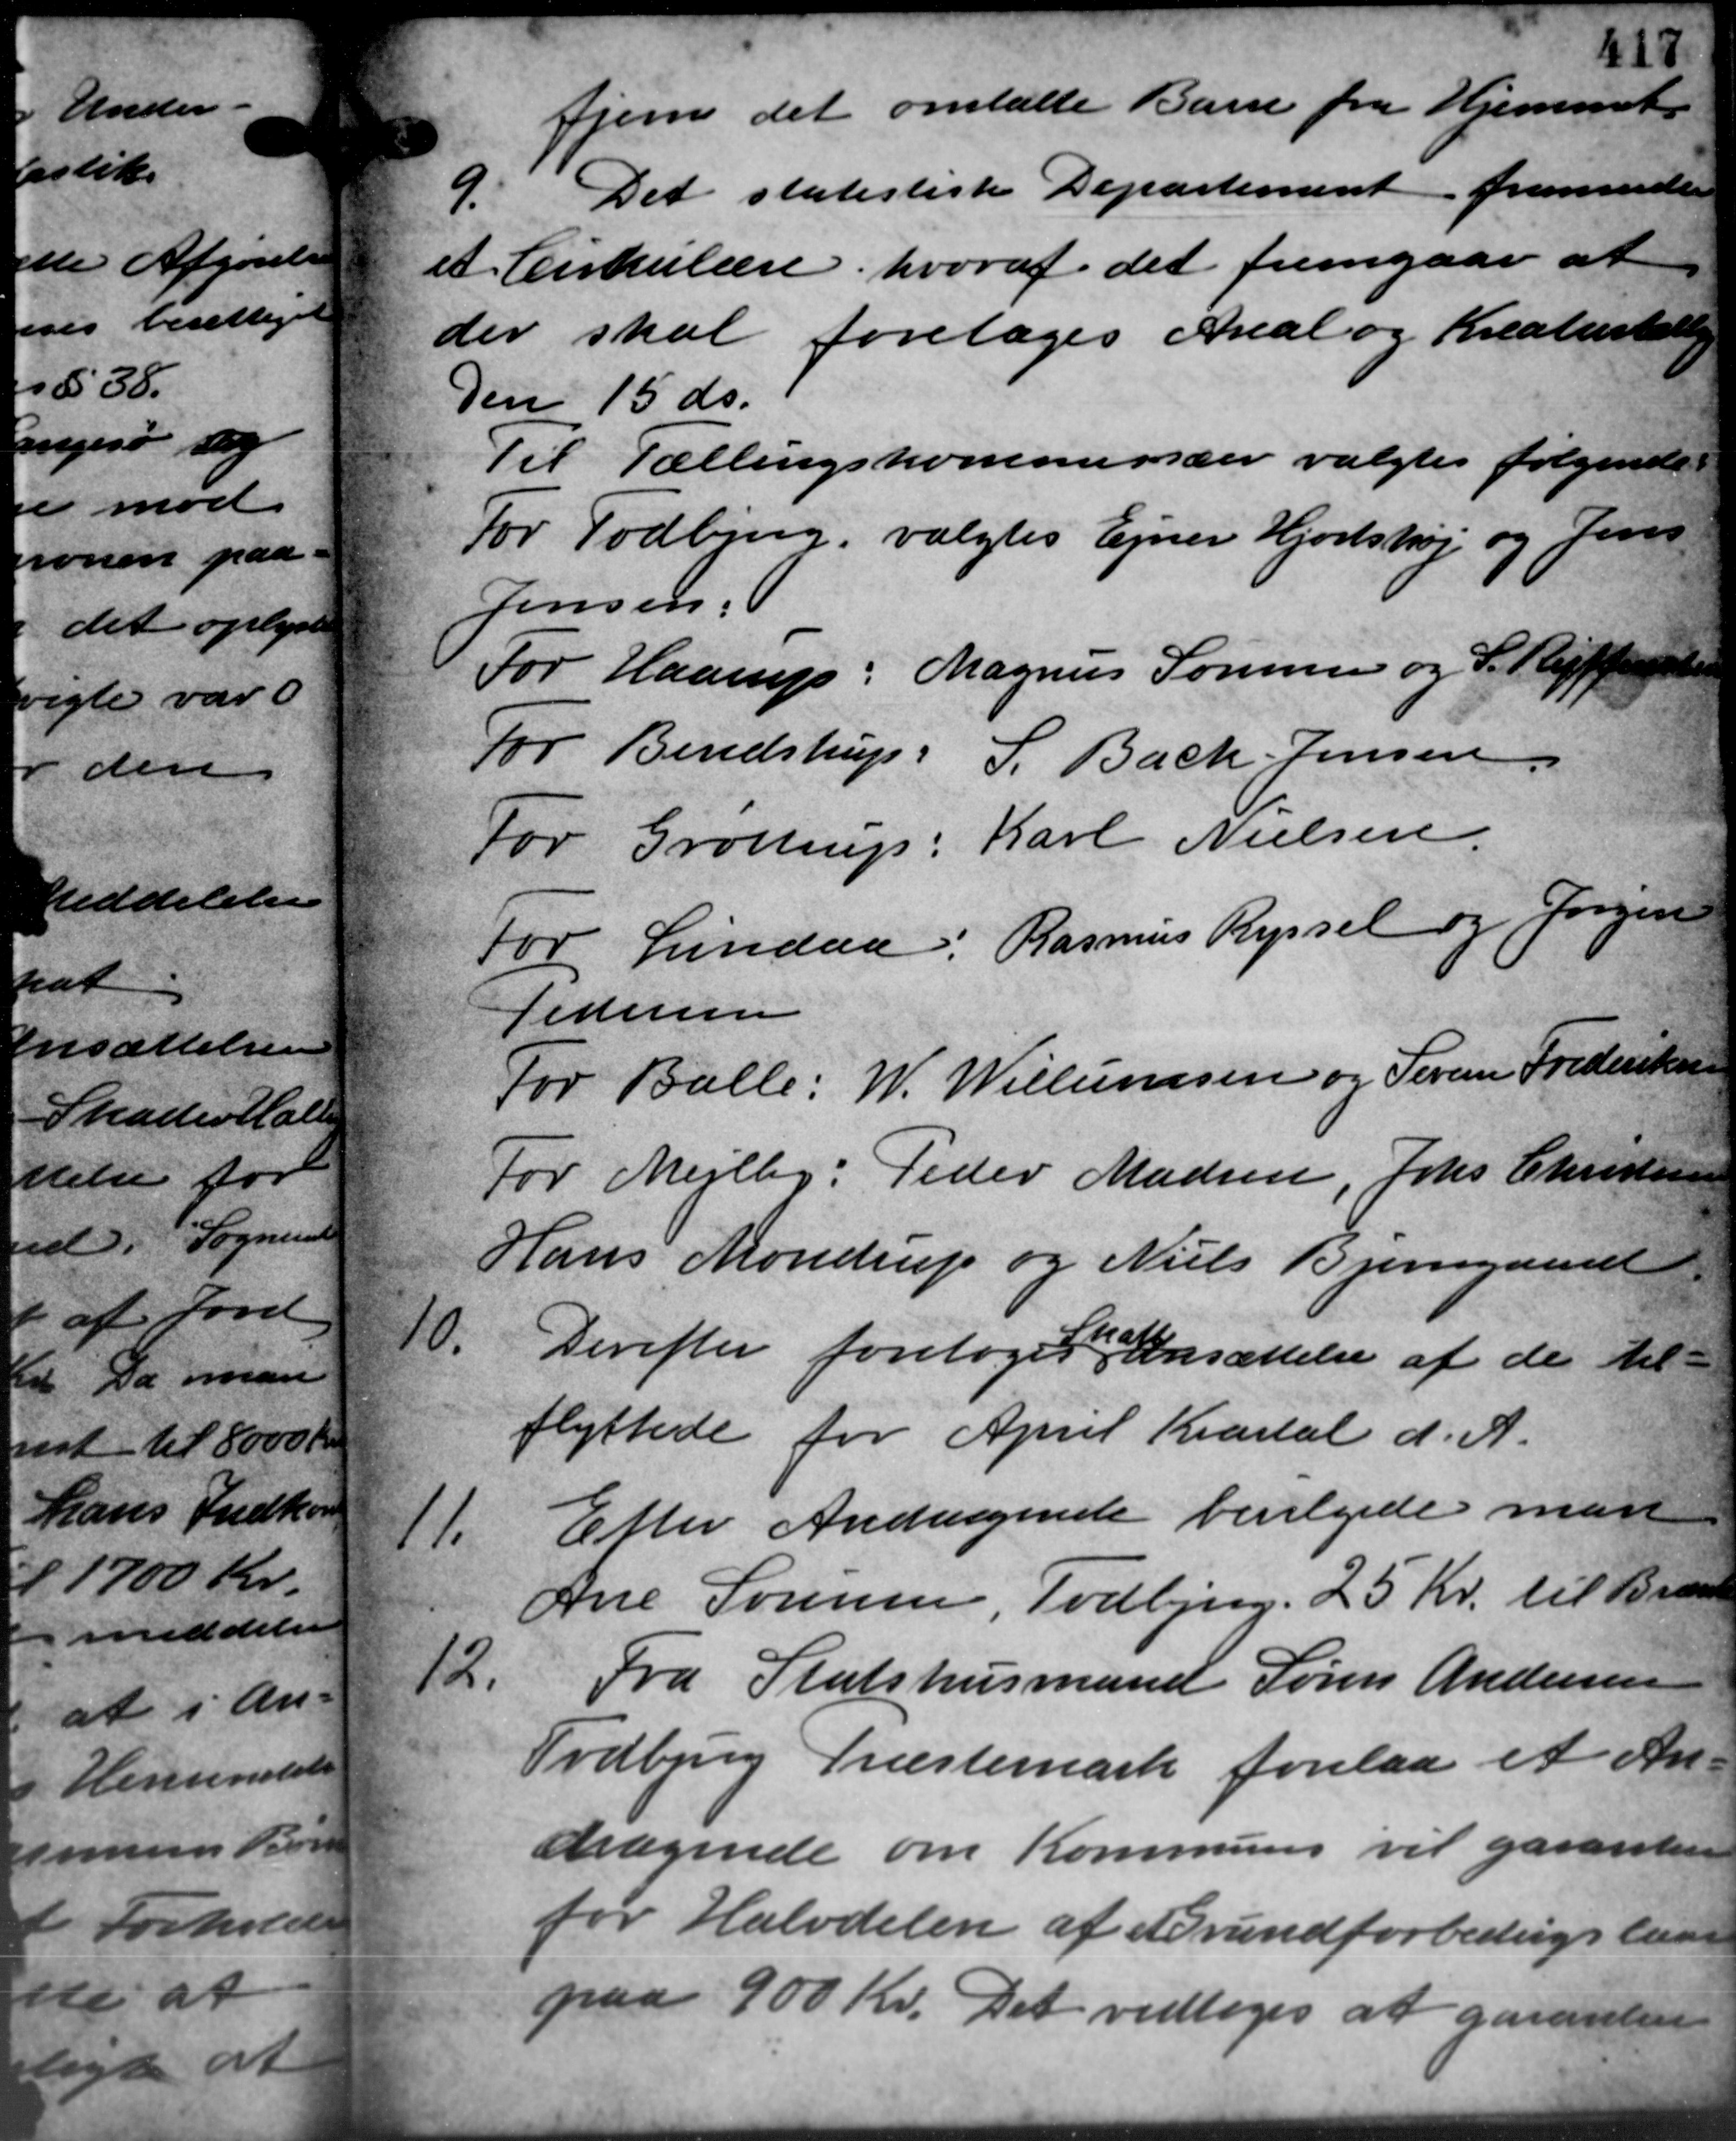
Transskription:
Hjem det omtalte Barn fra Hjemmet
9. Det statistisk Departement fremsender
9. Det statistisk Departement fremsender
et Cirkulære, hvoraf det fremgaar at
der skal foretoges Areal og Kreaturtælling
Den 15 ds.
Til Tællingskommissærer valgtes følgende
For Todbjerg valgtes Ejner Hjortshøj og Jens
Jensen
For Haarup: Magnus Sørensen og S. Steffersen
For Bendstrup: S. Bach Jensen
For Grøttrup: Karl Nielsen.
For Lindaa: Rasmus Ryssel og Jørgen
Pedersen
For Balle: W. Willumsen og Sever Frederiksen
For Mejlby: Peder Madsen, Johs. Christensen
Hans Mondrup og Niels Bjergaard
9.
Derefter foretoges Ansættelse af de til -
flyttede for April Kvartal d. A.

Efter Andragende bevilgede man
Ane Sørensen, Todbjerg. 25 Kr. til Braaby
2.
Fra Statshusmand Søren Andersen
Todbjerg Præstemark forelaa et An-
dragende om Kommunen vil garanten
for Halvdelen af Brundforbedragslund
paa 900 Kr. Det vedtoges at garanter